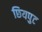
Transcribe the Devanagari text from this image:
छियपुट